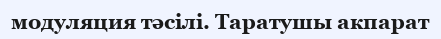
модуляция тәсілі. Таратушы акпарат